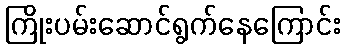
ကြိုးပမ်းဆောင်ရွက်နေကြောင်း